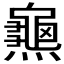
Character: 𪚰